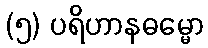
(၅) ပရိဟာနဓမ္မော